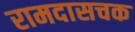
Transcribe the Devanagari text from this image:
रामदासचक